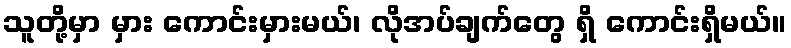
သူတို့မှာ မှား ကောင်းမှားမယ်၊ လိုအပ်ချက်တွေ ရှိ ကောင်းရှိမယ်။